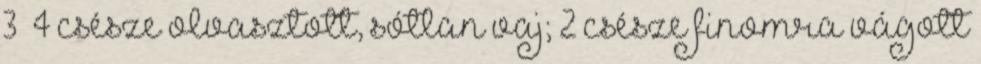
3 4 csésze olvasztott, sótlan vaj; 2 csésze finomra vágott